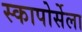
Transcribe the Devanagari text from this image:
स्कापोर्सेला